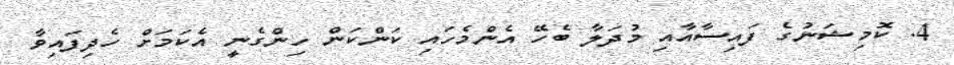
4. ކޮމިޝަނުގެ ފައިސާއާއި މުދަލާ ބެހޭ އެންމެހައި ކަންކަން ހިންގެނީ އެކަމަށް ހެދިފައިވާ